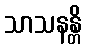
သာသနန္တိ